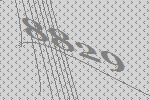
8829